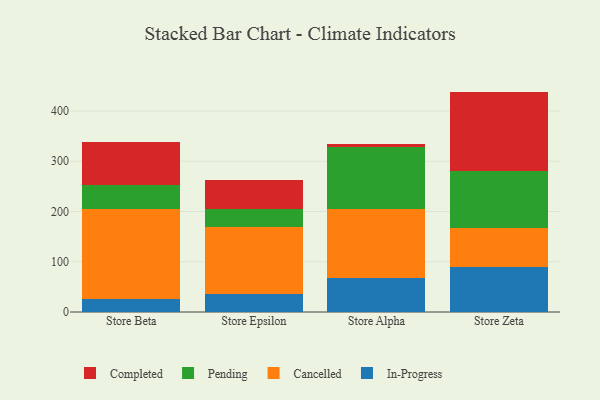
{"axis": {"x": "Store", "y": "Demand Index"}, "legend": ["Cancelled", "Completed", "In-Progress", "Pending"], "data": [{"x": "Store Beta", "y": 25.8, "type": "In-Progress"}, {"x": "Store Beta", "y": 179.3, "type": "Cancelled"}, {"x": "Store Beta", "y": 47.3, "type": "Pending"}, {"x": "Store Beta", "y": 86.4, "type": "Completed"}, {"x": "Store Epsilon", "y": 35.9, "type": "In-Progress"}, {"x": "Store Epsilon", "y": 132.8, "type": "Cancelled"}, {"x": "Store Epsilon", "y": 36.6, "type": "Pending"}, {"x": "Store Epsilon", "y": 56.4, "type": "Completed"}, {"x": "Store Alpha", "y": 68.2, "type": "In-Progress"}, {"x": "Store Alpha", "y": 136.2, "type": "Cancelled"}, {"x": "Store Alpha", "y": 123.9, "type": "Pending"}, {"x": "Store Alpha", "y": 5.7, "type": "Completed"}, {"x": "Store Zeta", "y": 88.8, "type": "In-Progress"}, {"x": "Store Zeta", "y": 78.5, "type": "Cancelled"}, {"x": "Store Zeta", "y": 114.1, "type": "Pending"}, {"x": "Store Zeta", "y": 157.2, "type": "Completed"}]}